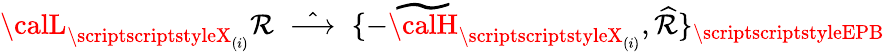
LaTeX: {\calL}_{\scriptscriptstyleX_{(i)}}\mathcal{R}\; \; \hat{{\longrightarrow}}\; \; \{ -\widetilde{{\calH}}_{\scriptscriptstyleX_{(i)}},\widehat{{\mathcal{R}}}\} _{\scriptscriptstyleEPB}